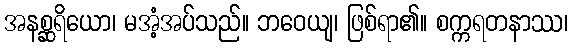
အနစ္ဆရိယော၊ မအံ့အပ်သည်။ ဘဝေယျ၊ ဖြစ်ရာ၏။ စက္ကရတနာဿ၊